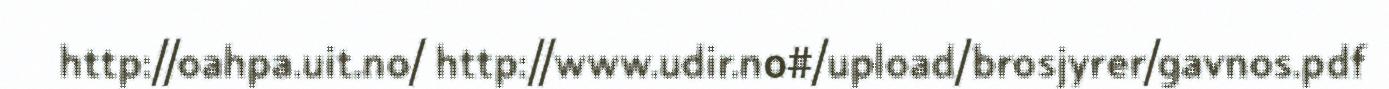
http://oahpa.uit.no/ http://www.udir.no#/upload/brosjyrer/gavnos.pdf